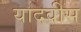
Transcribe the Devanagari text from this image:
यादवीस